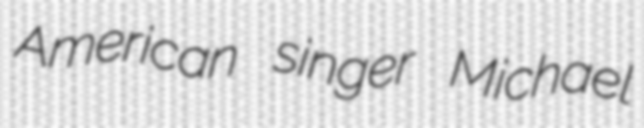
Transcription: American singer Michael